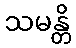
သမန္တိ